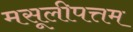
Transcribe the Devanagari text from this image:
मसूलीपत्तम